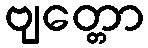
ဗျတ္တော